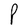
Character: P